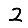
Digit: 2